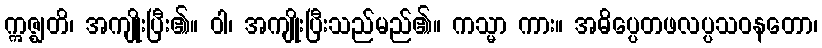
ဣဇ္ဈတိ၊ အကျိုးပြီး၏။ ဝါ၊ အကျိုးပြီးသည်မည်၏။ ကသ္မာ ကား။ အဓိပ္ပေတဖလပ္ပသဝနတော၊